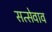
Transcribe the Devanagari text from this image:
सत्सेवाव